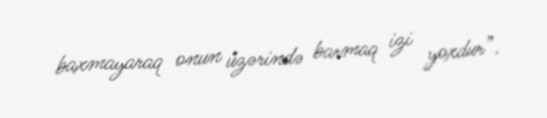
baxmayaraq onun üzərində barmaq izi yoxdur”.